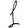
Digit: 1